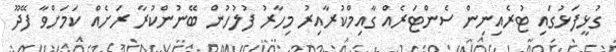
ގުޅީފަޅުގައި ޓުރެއިނިން ސެންޓަރެއް ގާއިމްކުރާއިރު މިހާރު ފުލުހުން ބޭނުންކުރާ ރަށެއް ކަމަށްވާ ފޭދޫ